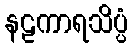
နဠကာရသိပ္ပံ